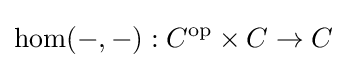
\operatorname {hom} (-,-):C^{\text{op}}\times C\to C